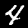
Digit: 4